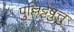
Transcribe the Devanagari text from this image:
पुल्लिट्टेष़ुत्तु